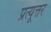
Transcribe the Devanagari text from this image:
प्रत्यूत्तर